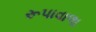
રૂપાવાળા